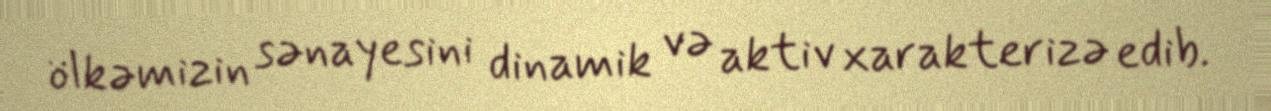
ölkəmizin sənayesini dinamik və aktiv xarakterizə edib.